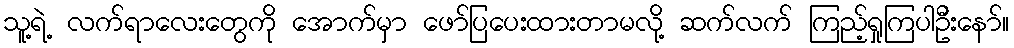
သူ့ရဲ့ လက်ရာလေးတွေကို အောက်မှာ ဖော်ပြပေးထားတာမလို့ ဆက်လက် ကြည့်ရှုကြပါဦးနော်။